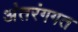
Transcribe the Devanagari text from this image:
अंतरंगगत